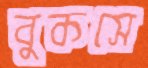
বুকসে